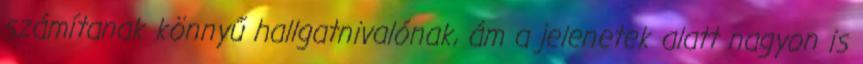
számítanak könnyű hallgatnivalónak, ám a jelenetek alatt nagyon is